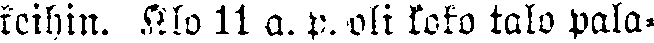
keihin. Klo 11 a. p. oli koko talo pala-